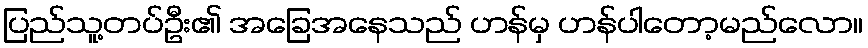
ပြည်သူ့တပ်ဦး၏ အခြေအနေသည် ဟန်မှ ဟန်ပါတော့မည်လော။